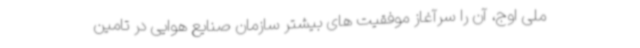
ملی اوج، آن را سرآغاز موفقیت های بیشتر سازمان صنایع هوایی در تامین